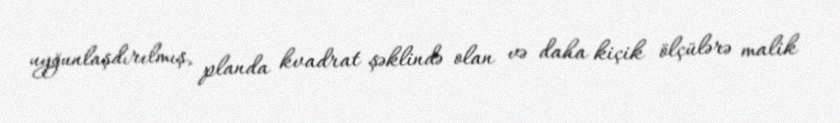
uyğunlaşdırılmış, planda kvadrat şəklində olan və daha kiçik ölçülərə malik